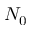
N _ { 0 }